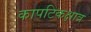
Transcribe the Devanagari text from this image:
कापटिकक्षात्र